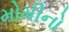
મોમીનો